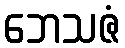
ဘေသဇံ